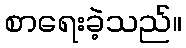
စာရေးခဲ့သည်။